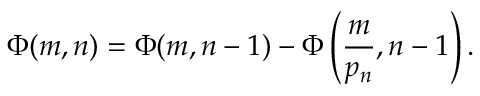
\Phi ( m , n ) = \Phi ( m , n - 1 ) - \Phi \left( { \frac { m } { p _ { n } } } , n - 1 \right) .